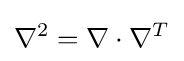
\nabla ^{2}=\nabla \cdot \nabla ^{T}